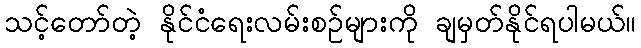
သင့်တော်တဲ့ နိုင်ငံရေးလမ်းစဉ်များကို ချမှတ်နိုင်ရပါမယ်။